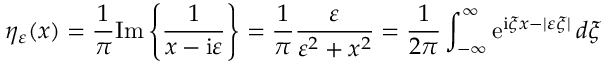
\eta _ { \varepsilon } ( x ) = { \frac { 1 } { \pi } } \mathrm { I m } \left\{ { \frac { 1 } { x - \mathrm { i } \varepsilon } } \right\} = { \frac { 1 } { \pi } } { \frac { \varepsilon } { \varepsilon ^ { 2 } + x ^ { 2 } } } = { \frac { 1 } { 2 \pi } } \int _ { - \infty } ^ { \infty } \mathrm { e } ^ { \mathrm { i } \xi x - | \varepsilon \xi | } \, d \xi